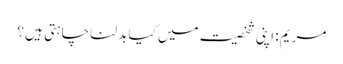
مریم : اپنی شخصیت میں کیا بدلنا چاہتی ہیں ؟